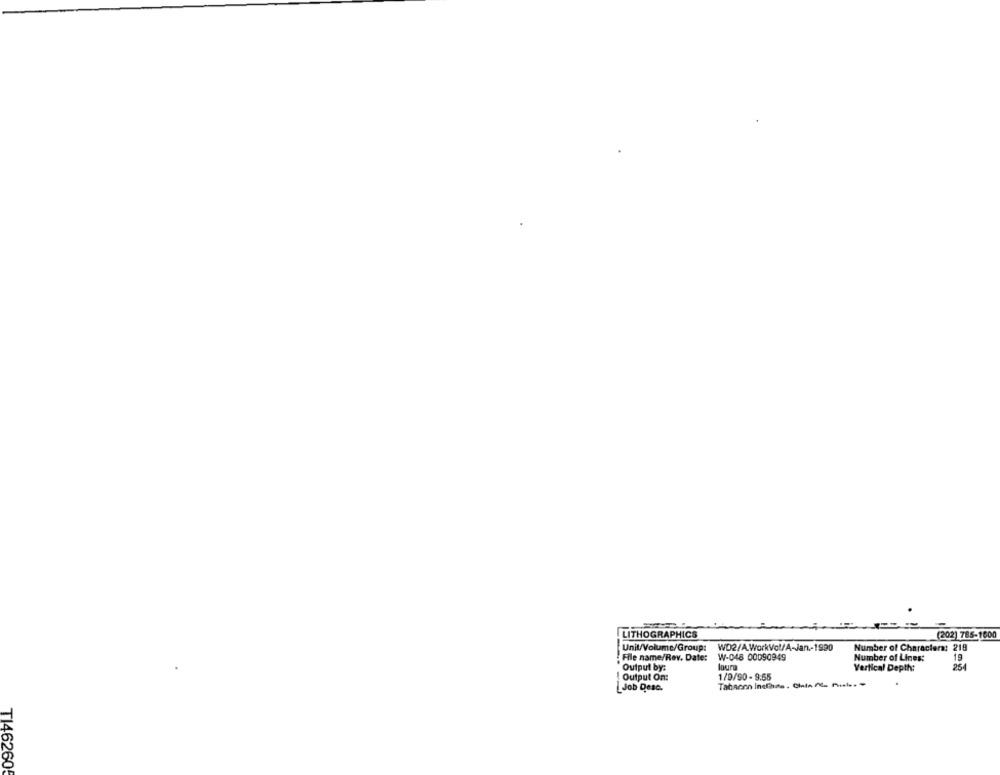
LITHOGRAPHICS
(202) 785-1600
Unit/Volume/Group:
WD2/A.WorkVol/A-Jan-1990
Number of Characters: 219
File name/Rev. Date:
W-048 00090949
Number of Lines:
19
laura
254
Output by:
Vertical Depth:
! Output On:
1/9/90 - 9:55
Job Desc.
Tabacon Incluso. Cinta AL Pel. -
T1462605